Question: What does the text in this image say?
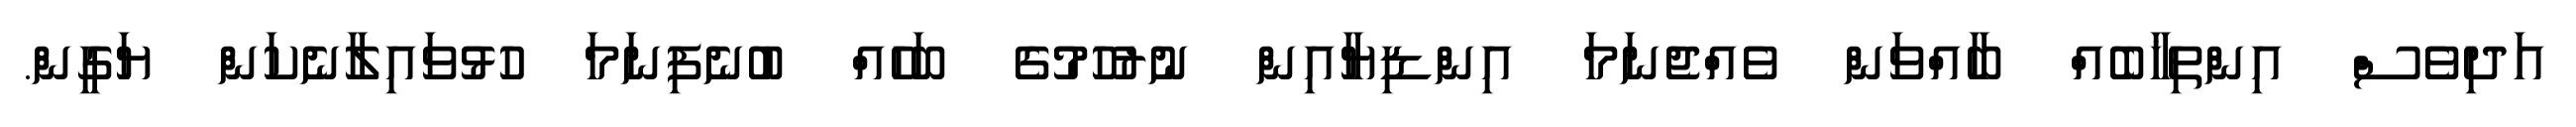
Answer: އަދިވެސް އިންތިޚާބެއް ބާއްވަން ވެއްޖެނަމަ އިންޑިޔާއިން ނުރުހުމުގެ ބަހެއް ބުނެފިނަމަ ހުޅުވައިލާނެކަން ޔަގީން.